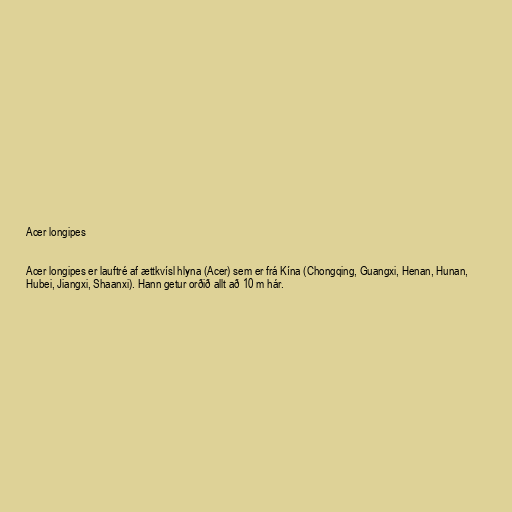
Acer longipes

Acer longipes er lauftré af ættkvísl hlyna (Acer) sem er frá Kína (Chongqing, Guangxi, Henan, Hunan,
Hubei, Jiangxi, Shaanxi). Hann getur orðið allt að 10 m hár.